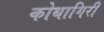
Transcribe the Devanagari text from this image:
कोथागिरी